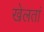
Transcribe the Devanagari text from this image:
खेलतां